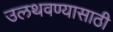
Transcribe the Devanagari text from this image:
उलथवण्यासाठी